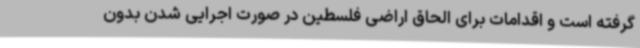
گرفته است و اقدامات برای الحاق اراضی فلسطین در صورت اجرایی شدن بدون